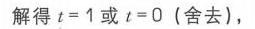
解得\(t = 1\)或\(t = 0\)（舍去），